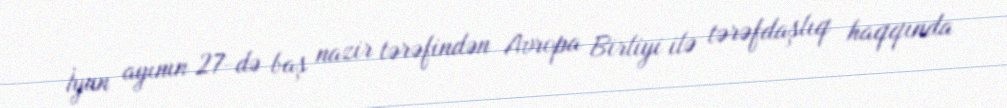
İyun ayının 27-də baş nazir tərəfindən Avropa Birliyi ilə tərəfdaşlıq haqqında